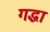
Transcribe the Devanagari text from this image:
गद्धा